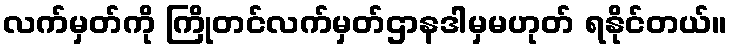
လက်မှတ်ကို ကြိုတင်လက်မှတ်ဌာနဒါမှမဟုတ် ရနိုင်တယ်။